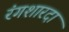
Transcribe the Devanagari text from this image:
रंगशारदा